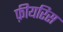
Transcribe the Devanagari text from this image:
फ़ीयरिस